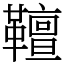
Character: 𩍕